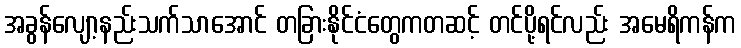
အခွန်လျော့နည်းသက်သာအောင် တခြားနိုင်ငံတွေကတဆင့် တင်ပို့ရင်လည်း အမေရိကန်က